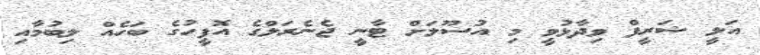
އަލީ ޝަރީފް ވިދާޅުވީ މި އުސޫލަށް ޓާނީ ޖެނެރަލްގެ އޮފީހުގެ ބަހެއް ލިބުމާއި